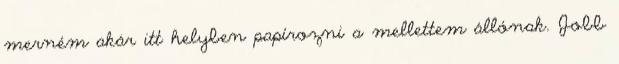
merném akár itt helyben papírozni a mellettem állónak. Jobb